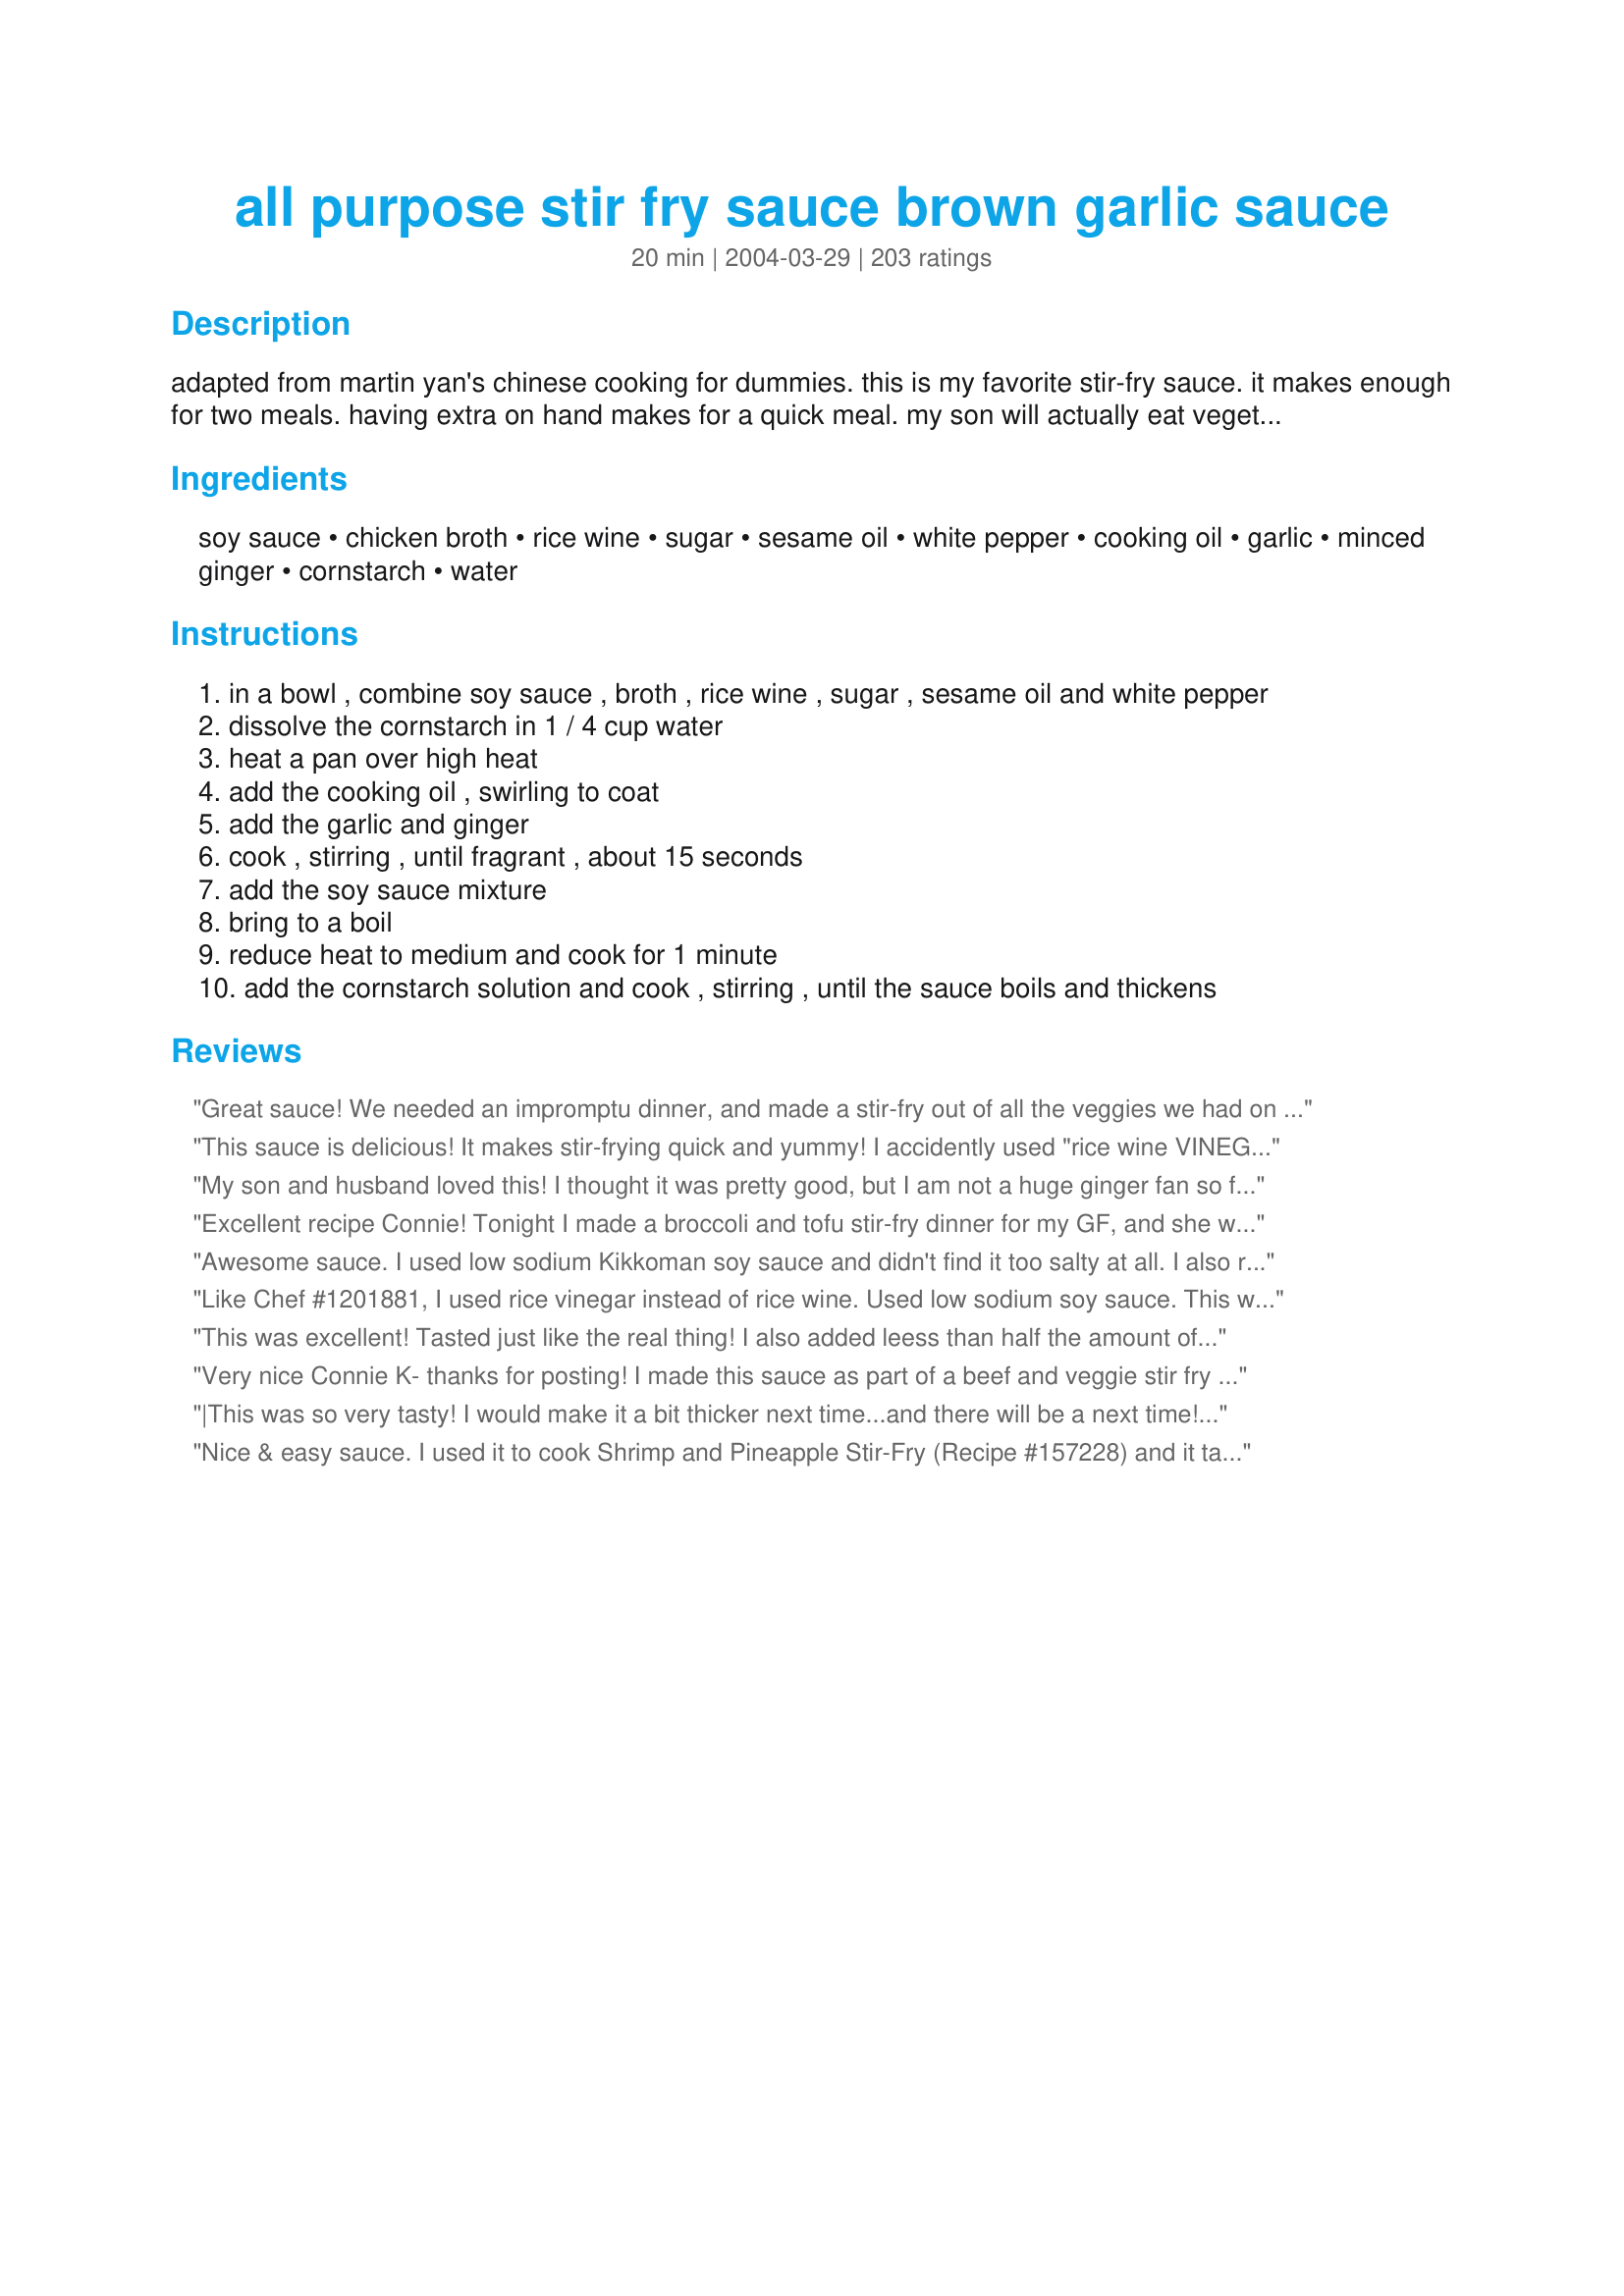
all purpose stir fry sauce brown garlic sauce
Preparation time: 20 minutes

adapted from martin yan's chinese cooking for dummies. this is my favorite stir-fry sauce. it makes enough for two meals. having extra on hand makes for a quick meal. my son will actually eat vegetables he can dip in the sauce! warning about the amount of soy sauce. when i used kikkoman soy sauce, i found this sauce far too salty. i now use angostura, which is much lower in salt. when adding soy sauce, start with less than half the amount and slowly add more to taste. using vegetable broth makes this vegetarian. yield: 1 3/4 cups (couldn't get that amount entered)

Ingredients:
soy sauce, chicken broth, rice wine, sugar, sesame oil, white pepper, cooking oil, garlic, minced ginger, cornstarch, water

Steps:
in a bowl , combine soy sauce , broth , rice wine , sugar , sesame oil and white pepper
dissolve the cornstarch in 1 / 4 cup water
heat a pan over high heat
add the cooking oil , swirling to coat
add the garlic and ginger
cook , stirring , until fragrant , about 15 seconds
add the soy sauce mixture
bring to a boil
reduce heat to medium and cook for 1 minute
add the cornstarch solution and cook , stirring , until the sauce boils and thickens

Reviews:
Great sauce! We needed an impromptu dinner, and made a stir-fry out of all the veggies we had on hand. Had to make some subs due to the last minute nature of this meal and what we had on hand: veggie broth,flour (no corn starch available), and powdered ginger. Used low sodium soy sauce. It turned out really great. Will make again for sure. Thanks for posting!
This sauce is delicious! It makes stir-frying quick and yummy! I accidently used "rice wine VINEGAR" and it still turned out great. Thanks for posting the recipe Connie!
My son and husband loved this! I thought it was pretty good, but I am not a huge ginger fan so for me to use ginger and still think it was pretty good is saying something. My son is 7 and is particular about his food so the fact that he loved it would make me give it 5 stars period, lol. I will be making this again for sure. Thank you Connie for sharing.
Excellent recipe Connie! Tonight I made a broccoli and tofu stir-fry dinner for my GF, and she was ecstatic after the first bite. She gobbled down her entire plate in no time! While I, like Connie, thought the salt content was a little high, my GF thought it was just fine. I guess it is just a preference thing. The only change I made in the recipe was instead of mincing the garlic and ginger, I mashed it in my mortar & pestle. I'm definitely going to add this recipe to my standard rotation.
Awesome sauce. I used low sodium Kikkoman soy sauce and didn't find it too salty at all. I also replaced the sugar with one packet of Splenda (could probably use 2).
We will definitely have this again!
Thanks.
Like Chef #1201881, I used rice vinegar instead of rice wine. Used low sodium soy sauce. This was the best stir fry sauce EVER. My entire family of picky eaters loved it and asked for it again soon. We used all the sauce but we did stir fry a huge amount of vegetables & meat (we used fresh mushrooms, bean sprouts, 1 red bell pepper, 1 green bell pepper, 1 large chopped onion and a combination of filet mignon and pork tenderloin, cut into cubes). I can see why there are so many rave reviews...this could not be any better! Thank you for posting this one...it's a keeper.
This was excellent! Tasted just like the real thing! I also added leess than half the amount of soy sauce, as I used Kikkoman. Fabulous flavor for our chicken stir fry!
Very nice Connie K- thanks for posting! I made this sauce as part of a beef and veggie stir fry kit last weekend...presliced beef steak, chopped up carrot, broccoli and onion, precooked brown rice and a baggie of this sauce. Right after I made this sauce, I tried it and really wasn't impressed...way to salty. I normally half the soy sauce due to the saltiness but decided to leave it. Glad I did as it was much much better after it had sit a few days and I added it to the pan with the cooked stirfry. Tasty, simple and fresh- thanks again!
|This was so very tasty! I would make it a bit thicker next time...and there will be a next time! I did use sodium reduced soya sauce and it was perfect in flavor. I froze the leftovers in ice cube trays, a bit sticky to remove but they will be really handy! for future yummy dinners! Thank you for sharing this recipe with us!
Nice & easy sauce. I used it to cook Shrimp and Pineapple Stir-Fry (Recipe #157228) and it tasted great.
A simple but tasty stir fry sauce. I like the idea of including the garlic in with the sauce as opposed to in the stir fry as that way you don't risk it being burnt. I did find it a bit salty and next time I think I'd cut out the chicken broth in favour of plain water to lower the sodium.
Excellent sauce. I reduced the soy sauce to 1/4 and it came out perfect. Thank you for sharing. It tastes great over chops or veggies.
I had to change my review from 4 to 5 stars because I've come back to this recipe several times. I use it cook chicken and snow peas and it's really delicious!
We thought this was quite tasty and simple to prepare. I used it atop a stir-fry of thinly sliced sirloin and a variety of vegetables I wanted to use up. I admit to decreasing the sugar to just one TBS, and adding some red pepper flakes! Will definitely make again!
This recipe should have a Caution label because of the health hazard - per serving, the sodium is 115% of the recommended per day!
I've been looking for a long time for a quick and easy recipe for actual Garlic Sauce for a few years now and landed here.. I'm surprised how much it made.. mind you.. I cook food from the far east all the time.. so I tend to have some more exotic ingredients in the house on the regular.. For example I added black vinegar and white vinegar to it, and quality soy instead of that burned pitch black junk they sell in most common grocers.. I recommend something like Mushroom soy or Pearl River or Swan River Bridge soy. Pearl River Bridge is sweeter than Swan River Bridge, and the usual Mushroom Soy can be a bit salty, so go easier on it. I'm very pleased with the recipe and the quantity.. It's nice to have enough left over for several subsequent meals. I also used a tablespoon of Master Brand Korean Fermented Bean Paste and some garlic chili paste, since I love my spicy food. Next time I will also cut back on the sugar so it won't be more of almost teriyaki sweet. I cut back by 1/2T. on the soy. I also might do a bit more garlic and ginger since I like such sauces to be a bit lemony and strong. Thank you very much..
Best Stir-fry sauce I've come accross so far. The only thing I did different was I had to use dried ginger powder because I didn't have fresh on hand. Didn't seem to make too big of a difference but I'm anxious to try it with the fresh. AWESOME and EASY. Thanks!!
WAY TOO SALTY! You should only use maybe one quarter of the recommended soya sauce. not good!
It was a great recipe! I added preggo marinara sauce to give it a tomato flavore. Then I cut out the soy, ginger, rice wine, cornstarch and broth. I also replaced the sesame oil with olive for more authentic flavor. I added a little Parmesan cheese to it as well. I put it over penne pasta and it is amazing! Thanks Connie!!!
Excellent!!
So good! Tastes just like a restaurant's. And so easy! I just mix it all and dump it on top of any old stir-fry (which already includes the garlic and ginger.)
Excellent! This is a keeper, definitely. Since my hubby likes pineapple in his fried rice, I used the pineapplejuice instead of the water and broth, and added Sriracha Hot Chili Sauce since we like foods on the hot side. His compliments were this was the best fried rice he has had (even from our favorite take-out). Thanks for sharing.
This is great! I added hot peppers and used Japanese Shoyu ( soy sauce). I stirfryed beef, pork, shrimp, snowpeas, carrots, mushrooms and negi ( Japanese vegetable, its like a leek but a bit more of an onion flavor).
This is a keeper!
This stir fry sauce was much too salty and ruined my stir fry. It should use about half the amount of soy sauce recommended in the recipe. It also has a pretty basic flavor- you could probably approximate the flavor just by using some soy sauce and sauteed ginger in your stir fry.
Like this needs another review....but this was the easiest and best tasting sauce that I have made at home. I used it on chicken and broccoli. Everyone commented on how fresh the sauce was and the kids asked for seconds...amazing!
Awesome recipe! I substituted the rice wine for a 1/6 cup of Marsala and added a bit of red pepper for kick. Great for edamame!
Excellent. I made a double batch as we do stir fry quite often. I cut back on the soya just a bit and used powdered ginger. I also added a pinch of five spice powder and a fresh chopped jalapeno for the kick.
I made this to use with recipe #193504. It makes a wonderful basic stir-fry sauce. The soy sauce was a reduced sodium variety. Easy to put together and tastes wonderful.
I have not tried this recipe but I know what you mean by salty soy sauce try using Tamari soy sauce . I get it at the Chinese food store . It really makes a big difference. Can't wait to try this sauce I will be getting back to you.
This was easy and fabulous! I didn't have any problems with the soy sauce. I think others idea about adding it to taste worked out just fine. Each brand is different afterall!
I used it to make a noodle dish with left over chicken: I stir-fried some veggies with a little oil (thinly sliced bok choy and cabbage, what I had in the fridge) and then added a dribble of water then added fresh noodles (you can get them at asian grocery stores) then added chicken (you can marinate some chunks of chicken in this sauce then cook it). Just some ideas!
use this sauce on a chicken and vegies stir fry and it was super good thanks
I have made this recipe twice and I love it. I served for my husband and guests, it was a hit. Easy to make and it really does make enough for two dinners!
Yummy! Instead of soy sauce, I used Bragg's. I also chose not to cook it in a separate pan. I whisked everything together in a bowl & added it to the stir fry once it was ready. It came out great! This sauce was easy & quick. Great to throw together after a busy day.
Finally a great stir-fry sauce. Delicious and what a great way to add the cornstarch. For those of you who don't like alcohol (or keep forgetting to by rice wine) you can substitute orange juice without compromising flavor or texture. Also used the low-sodium Kikkoman and it was fine. Thanks!
Takeout Chinese always makes me feel so gross, but I do miss the flavors sometimes. This is wonderful and isn't overly heavy or salty. I served this over dry-fried tofu, frozen peas and shitake mushrooms and spinach. Even my husband, the tofu skeptic, was impressed.
This was great!We did not agree at all with what one of the previous reviewers thought - it was not too salty - it was just right! (although maybe if you always eat sodium free foods, you would want to taste and add as you went). We followed the directions pretty closely. The only thing we changed was to use white cooking wine instead of rice wine and 1T olive oil instead of sesame oil (because those were the ingredients we had at home). We were very pleased with this sauce, as it made enough for my DH and I to have for dinner and some for leftovers. Thanks for posting this wonderful sauce recipe!
Good flavor but don't dump all the cornstarch mixture in at once. Drizzle a bit in and stir. See how much that thickens things up and go from there.
Quick and easy tried it for first time last night.This is on the keep list... my boys loved it. Just keep the type of soya sauce in mind I did use less and watered it down was great.
I have made this sauce a number of times and it is always a hit! However, I agree that if you use a junky/ high in salt soy sauce like Kikkoman, it is too salty. It's worth the trip to an Asian market to get better quality soy sauce (also--rice wine is generally cheaper there than in the grocery store). I also use double the ginger. This sauce also tastes excellent reheated. In fact, I like a reheated dish with this sauce better than fresh because the meat and veggies soak up a lot of the flavor.
Very good sauce! I halved the recipe and did it in the microwave......worked perfectly......added it to a chicken/veggie stir-fry. Thanks Connie!
I have used this multiple times now and it is wonderful!!
Yum! Definitely a keeper....and not too salty for my family. (Your mileage may vary.) We&#039;ll definitely be making this again. Used 2 tbsp rice vinegar instead of the wine.
Yummy! This filled my craving for something garlicky and salty quite well! I served this with green beans, shrimp, tofu, and asian mushrooms. I also added probably 6-7 cloves of garlic instead (We are garlic freaks)! I added a few crushed red pepper flakes, too, to give it just a bit of heat. Thanks for posting!
OMG!!! It came out excellent!!! Thank you everyone for all of your suggested tweaks! I took the advice of so many others who warned that the recipe is too salty, so I used 1/3 cup of reduced sodium soy sauce and then I added a little more but it was still a little bland, so then I added two packets of regular soy sauce (from Chinese takeout) and that did the trick. I also substituted low fat reduced sodium beef broth instead of chicken broth. I didn't have rice wine, so I substituted Marsala wine...and I only used 2 Tblsns of sugar. As someone else said, the cornstarch mixture was too much for this recipe, so I added it little by little and ended up using about 1/2 of it and It came out perfect...tasted just like a Chinese takeout dish! My friend and I were amazed at how authentic it tasted! This recipe is a winner!!! I used it to make Fried Tofu with Steamed Vegetables. It was awesome!
I had always been told rice wine is rice vinegar. Not true. I added more sweetness to compensate. I added more sesame oil because I like that. also added sweet chili sauce and crushed red pepper and honey and sesame seed. I reduced the amount of soy sauce to 1/2 cup but could handle more. I changed this recipe a lot so probably shouldn&#039;t review but I know no one is going to read this review due to the number of reviews but I wrote this for myself for reference. Hi Dixe--you liked this and do did Kyle.
This is a delicious stir fry sauce that's so easy to put together. I didn't have rice wine and so substituted apple juice instead. And I also substituted red chillie flakes for pepper as we cannot use pepper. Worked fine. Thank you Connie.
When cooking sauces like this, you should always use lite soy sauce for it has way less sodium and low or no sodium chicken broth.
Pretty good all-purpose sauce. Even at half the called for soy sauce it was super salty! It is also *really* garlicy, so if you aren't real big into garlic you may want to use half the called for amount.
Yummy! We used this on a vegetable lo mein that we made for some friends that were over. I added a bit of Sweet and Sour Chili Paste that I picked up and fresh scallions, and a little extra fresh garlic!
very nice sauce...garlic and frozen ginger ended up being a little course so I strained the sauce before using...Ran out of corn starch so substituted with flour/water...Will use this again...
Very yummy. I used probably 3x the amount of garlic, as we like a lot of garlic. And, I used raw sugar. Other than that, no changes. I did use the entire batch of sauce for our meal, but I made a ton of veggies.
My husband used this recipe as an idea for our sauce as we have never made Chinese food before. He completely changed it and we will be posting our own. He used a lot of the ingredients, but different amounts. He also had to change some ingredients as we didn't have them. Thank you so much for posting.
FANTASTIC!!! Enough said.
I only have Kikkoman soy sauce, ever, in our house. I followed Connie's words of advice and used less than half the soy sauce. Still found it salty, but once it was mixed in with the veggies for my stir-fry, you couldn't tell. I put the extra in a jar in the fridge to use (soon). Really fast and easy to make. I envision using this on chicken, too! Thank you Connie!!
Delicious!!!
Loved this!! I made it as is and I thought it was fantastic. I will be using this from now on instead of buying a jar of sauce
Definitely take note of the comments about the saltiness of the sauce. However, I find that mixing it in with the veggies or meat helps a lot so don't get put off at your first taste of the sauce. Try adding a little water to it after stir frying your veggies to help reduce the saltiness. Otherwise this is a damn good recipe. Thanks for sharing.
Fantastic! I made stir-fry skirt steak. I used mirin for the rice wine, beef broth, and about 1 Tbsp of Splenda. It was very salty - but using low-sodium soy would probably solve that. As is - made more than enough for my family with lots of extra sauce to pour over rice. Yum yum yum!!!
I really wanted to like this sauce, but we found it was bland and too sweet.
Great recipe! Definitely a keeper! I had a bunch of vegetables I was needing to use up, along with some leftover chuck steak and chicken, so I threw it all to together! It's been in the 90's and I honestly was not looking forward to having stir-fry for dinner, but for the sake of using up food so it did not get wasted. . .I did. :o) This recipe did not disappoint! In fact, it made dinner thoroughly enjoyable! The good news is there is leftovers for tonight! I used low-sodium soy sauce, tweaked the recipe slightly, as I did not have just Rice Wine, but had on hand Rice Vinegar which I used. I added about an extra tablespoon of sugar, and added about 2 tablespoons of Hoisin sauce. I used TruRoots rice from Cosco which is a combination of Quinoa, wild rice, red rice, and brown rice. Not usually a fan of those types of rice, but this is truly my favorite rice anymore. For vegetables, I used what I had on hand; bok choy, broccoli, mushrooms, green pepper, carrots, onions, yellow crookneck squash, and green beans (with those I steamed slightly before adding).
I used this recipe once, forgot to rate it, and then couldn't find the darned thing for months! I've been using poor substitutes ever since. This one is definitely a keeper and I'm so glad I found it again. Stir fry is kind of a salty meal and soy sauce a salty ingredient so you need to go into making this with that knowledge. Also, if it isn't thick enough for you just keep simmering it will get there!
Very tasty all purpose sauce. As noted, when made with regular soy sauce, it can be very salty. I used "Aloha Shoya" from Hawaii...it has lots less salt, added a bit of sauted onion, and some sesame seeds. Great for beef,chicken,pork or vegetarian.
This is a very good basic Asian sauce.
My picky son loves it with Thai rice noodles. I made it exactly as recipe stated.
If you put the right ratio to whatever you&#039;re having it with, being too salty shouldn&#039;t be an issue.
Excellent Came out great in spite of not having rice wine or fresh ginger. Used sherry cooking wine and 1/2 amt of ground ginger instead. Used it in chicken stir fry. Way better than spending $20 at a restaurant and have enough for lunch too
Yum, I used this with a veggie stir fry. Easy to make and I almost always have all the ingredients on hand. I also used kikkoman low sodium, not too salty at all. thanks for the recipe.
Love this! It makes a lot but keeps in the fridge for a while - though it doesn&#039;t last long around here!
I just threw everything together quick and threw it all in with my veggies and chicken (used garlic powder and no chicken broth). YUM! Great recipe...can't wait to make it again! OH! And I used low sodium soy sauce.
I haven't tried it yet but it looks great.Love the ingredients. I may try adding some black bean garlic sauce if I try to make beef and peppers.
Wow! This sauce is amazing! It smelled incredible cooking. I used low sodium chicken broth and low sodium soy sauce. I ended up adding a little salt because it wasn't salty enough. Next time I will use regular chicken broth. I cooked the sauce, and kept it on very low on the stove top while I made the stir-fry. I put a little oil in a stir fry pan, added chicken strips and cooked until no longer pink. I threw in fresh broccoli florets and cooked about a minute, until it was bright green. Then I added fresh snow peas, red pepper strips and fresh mushrooms. I poured the sauce over and stir fried it all together for approximately 2 minutes. Served over white rice. Served mandarin oranges on the side. It was a delicious meal! Thanks for a great recipe that will definitely be made again and again. For those of you who don't know (because I didn't know until today), rice wine is different than rice vinegar and rice wine vinegar. Rice wine is also called sake. I found rice flavored Oriental cooking wine in the Asian section of our supermarket.
This went together easily, and the taste was very smooth. I did however, add a bit of Thai peppers, (like it kicked up) and we used all the servings, it was that good. I also used Kikkoman soy sauce (didn't appear salty to us).Maybe because we were using fresh bean sprouts, snow peas, onion, mushrooms, and finished just with tofu. Taste was great, will make again. Thanks!
Pretty fantastic recipe! This was tangy and zippy (I added some coriander powder)!
Large amounts of veggies both frozen and fresh, leftover chicken and crispy fried tofu are my recommendations for this tast dish.
This is great. I did use low sodium sauce and only 1/2 cup and increased the chicken broth to 2/3 cup and I cut down the sugar to 1 tablespoon. The garlic and ginger give it a wonderful flavor.
Wow, thanks for this! I've been looking for a good recipe, and now I have a standard. I had to adjust some things because I didn't have all of the ingredients, but it worked fabulous in my lo mein. Thank you!
This recipe was as good as the Chinese restaurant I go to regularly! I used low sodium soy sauce. I accidentally bought rice vinegar instead of rice wine so I used Bombay Sapphire Distilled Dry Gin instead. I also didn&#039;t have fresh ginger so used 1/4 tsp of dried. t am bad about directions and just put everything in the bowl and stirred with a whisk, then poured in a sauce pan and brought to a boil on the stove. I let it simmer about 5 minutes. My stir fry turned out fantastic. Looking forward to left overs tomorrow.
This was a nice base to start with, but it was pretty bland for a household that really likes spice. I threw in some chili paste, minced garlic, red pepper flakes and extra soy sauce when after I had mixed the recipe up and then it was a bit more to our liking. :)
This is great! I used homemade chicken broth and substituted 2 Tbsp of rice wine vinegar in place of the rice wine because I didn't have any rice wine on hand. Thanks Connie!
Very good sauce, for sure. A great basic recipe (I changed it up). I'm glad I didn't add all the soya as warned by another reviewer or it would have been a disaster; I used less than half like they said and it was a good thing. It would have been far too salty otherwise. I'll be using this one again - Thanks.
Great! I used Splenda and reduced the soy sauce. I used the sauce for my stir fry and everyone thought what a good idea to serve stir fry for dinner. Will definately use this again.
was pretty good!! used ponzu soy sauce, didn't have rice wine so used rice vinegar, and jarred minced garlic and powdered ginger. sauce came out a little bland so used about a tablespoon or so of regular soy sauce to bring out some more flavor and it worked! thanks connie!! i didn't have any sauce and couldn't find a quick, fast recipe that i had all the ingredients too, until this one that is!
Tasty and easy! I increased the garlic and only ended up using about 1/3 cup soy sauce. Tossed the sauce with sauteed carrots, onions, garlic, broccoli, celery and tofu and served over rice. Thanks!
Easy enough to simultaneously make AND dance around with your best friend. This sauce was the perfect zesty topping to our steamed veggies. Added some extra water and sugar to thin it out and dilute the salt.
Horribly Salty. Too much Soy Sauce. If I were to ever make this again, I would either use a low-sodium Soy Sauce, or change it to 1/3 cup soy sauce and 1/3 cup water.
I guess I should have read the WARNING in the chef's notes before making this!
We loved this! It is just right with veggies and chicken.
I had to come and rate this straight away. Best stir-fry sauce I have made - just used different vegetables. Fantastic!
I thought this was so so and VERY Salty. You almost have to use 1/4 cup or less of low-sodium soy sauce.
This was outstanding. I used it in a stir-fry. I read your note and several reviews and went to the local Asian market and bought a good bottle of soy sauce. I asked an Asian customer what she buys, and she picked it out for me. It had 1/2 the sodium of my &quot;american version&quot;. This is my new Go-to sauce. Thank you for posting.
This was very good. I threw half in the freezer like another reviewer suggested. I can see it being very handy to have stashed away. Thanks for sharing!
Making it tonight for my daughter to compliment a pan fried whole red snapper (Yum!). Wanted to comment on the salt issues - other than the soy sauce, the chicken broth (or stock) you use can add a large quantity of salt, especially canned broth or (yikes) broth from chicken base. The person who commented on using water to cut the soy sauce in half makes sense as it also dilutes the salt from the broth. Combining all these salty ingredients you will need to be careful and start with half quantities - increasing the amount to taste. Also remember - you are reducing this sauce a bit when it boils - this will further concentrate the salt. Can't wait to try it!
Great recipe! Simple to make and the ingredients are readily available. Thanks for posting. I like my foods with a bit of a kick so I used hot sesame oil instead of the regular and added some red pepper flakes. I will be using this stir fry sauce on a regular basis.
I will never buy store-bought again. This is a very easy sauce to make.
I cut the recipe in half and only used about half of that and it was still very flavorful.
I had some Top Ramen on hand so I boiled 3 packages of noodles while I stir fried the veggies. Then I tossed the cooked chicken, veggies and noodles with the sauce over heat.
This is another keeper for our family!
I used this in a pork stir-fry which made it smell and taste just like the chinese restaurant around the corner.
Awesome. Used this to make pepper steak, was great.
This is a fantastic and easy sauce. I don't cook often and thought I would try a vegetable and chicken stir fry. I used this sauce and it was great!!!! I used 1/4 cup of low sodium soy sauce and it was not salty at all. It was a huge hit at home.
This made an excellent sauce for my chicken stir fry tonight. I only used about 1/2 the amount of soy per other reviews and used white wine rather than rice wine because that is what I had on hand.
This is a really good and easy to make sauce. I added some red pepper flakes since we like our Chinese food on the spicy side. We used the whole batch of sauce with our huge shrimp, snow pea, water chestnut, carrot and broccoli stir fry (over Udon noodles). Thank you!
I made this last night. It is worth noting that I used a dark brown soy sauce in this. This is now my go to sauce. It is wonderful. Thank you for the recipe.
Great sauce! I subbed orange juice for the rice wine and tamari for the soy sauce. I also added a healthy squirt of sriraccha to spice it up. Yum.
great base sauce for for our stir-fry, everyone loved it and was happy when they spotted the extra jar for later! thanks for posting!
Next time I will double this recipe. I made this and poured it over a Chinese vegetable stir-fry served on a spaghetti squash... very good!
This is a very forgiving recipe. I didn't have all of the ingredients and it took substitutions very well. I also didn't read it very carefully and put the ginger and garlic in after heating the liquids rather than browning them. It still tasted great! I'm sure it'll taste even better when I make it properly and use sesame oil.
Perfect! If you want a little more tartness - add rice vinegar instead of rice wine.
Restaurant quality stuff! I used 1/3 light & 1/3 dark soy so it wouldn't be overly salty for us & fried some fresh chilli with our onion, garlic & ginger...<br/>Loads of fresh veggies, some tofu & freshly cooked rice on the side....this has knocked our regular stir-fry sauce out of rotation, with it never to be looked at again!<br/>Thanks, Connie K, you're a stir-fry saver! :)
I used low sodium soy sauce, and home-made chicken broth (which was low sodium), so I didn't have a problem with too much salt. I had no sake, but used white wine instead. The sauce still turned out wonderfully! I thought this sauce was really tasty. I'll try it again over a chicken stir fry...used it this time over a stir fry with crab. I don't think this stir fry sauce works well with fish or shellfish! My mistake...the sauce itself was great.
I used 1/2 the soy sauce and substituted it with water but it was still very salty. Good flavor but seemed to be missing something.
Very easy tasty sauce. I would make this again. I might try adding a little more sugar next time though. I didn't have rice wine so I used a little more chicken broth.
Wow, this was really, really good!
Delicious! After splitting the amount of soy sauce in half (I used Kikkoman) I still found it to be rather salty,tho. May have been because of the cooking sherry I used- (I couldn't find rice wine). I served this sauce over a combination of stir-fried broccoli, slivered blanched almonds, and carrots. I will make it again using less soy sauce. Thanks Connie K!
Very easy and tasty sauce to make! I used the full amount of soy, but did it with the low sodium Kikkomen, worked fine. I made a huge veggie stir fry with all the things from my garden. Wonderful!!
This was great! Our only complaint (like you warned) was that it was just a little too salty for our tastes. We followed your advice and used 1/2 cup instead of the full 2/3 cup of soy sauce (We used organic Nama Shoyu). I think next time we'll drop it down to 1/4 cup, but otherwise this turned out wonderful! I served it as a vegetarian family dinner with a bunch of fresh stir-fried veggies (asparagus, broccoli, red pepper, green onion, white onion, fresh basil, water chestnuts) and brown rice.
Loved it! I used low sodium soy sauce and eliminated the ginger because I didn't have any but it still turned out yummy! Thanks
This sauce was amazing on my stir-fry vegetables. This is definitely a keeper. Thanks!!!
07.28.2009 UPDATE: Made again, without the extra oil, and it was EVEN BETTER!! Thanks, Connie :) 07.07.2009 I used just 1/3 cup low sodium soy, and low sodium broth, too. I added 1T prepared chili garlic sauce and next time I will use the sesame oil to heat the garlic/ginger and omit the cooking oil altogether. It's not necessary and the oily factor doesn't add anything to it. Thanks for this all purpose (and additives free) sauce!
Made this tonight. I used 1/6 cup soy sauce. It&#039;s delicious and I will use it again with some other ingredient like something spicy.
I prefer my sauce a little spicier so I added some red chili-garlic sauce. Yummy!
It was great - a little salty but I did not use all the soy sauce
Voted down for the sheer annoyance of making the recipe, finding it extremely saltly then seeing in the "comments" to not use the specified amount of soy sauce listed. Edit the recipe.
A delicious, quick & easy sauce! Using the full quantity of V-H Soya sauce, it wasn't overly salty. Since my husband loves stir-fry & I rarely use a recipe, it will be convenient having this on hand. Thanx Connie!
Perfect! Will use this one over and over again.
Delicious, easy to make sauce. I made the recipe just as stated. I love the idea of it making so much, great to have it on hand for dipping sauce & stir-fry.Thank you so much for posting this yummy sauce.
Love this sauce! I did a few tweaks of my own. I used 1/3 cup of Bragg&#039;s Liquid Aminos + 1/3 cup homemade chicken/bone broth to replace the 2/3 soy sauce. I again used my bone broth as the chicken broth. This recipe is a keeper!
This was delicious. I used it with Recipe 79350, which called for bottled stir fry sauce and the meal was a hit.
Amazing Sauce! It tasted just like the restraunts! We used low sodium soy sauce, that what we always have on hand, so saltiness wasn't a problem for us. We poured it over cooked spaghetti and stir fried veggies.
really good! added some hoisin sauce just because.
Just finished making this sauce for the Chinese dinner I'm making tomorrow for my daughter and son in law. I cut back on the soy sauce as advised as I didn't have low sodium soy, just added a little more chicken broth. Used draft sake for the rice wine and I do believe that the &quot;white pepper&quot; is essential as well. Everything else stayed the same. Turned out great. I got a 500ml canning jar full from this recipe.
Great sauce! I put this on top of Recipe# 32652. Great meal!
A great homemade stir fry sauce. It taste so much better than the store bought packets you can buy. I did half the soy sauce amount and I couldn&#039;t find rice wine so I used rice vinegar. I will definatly use this recipe next time we make stir fry!
I am sorry to have to give this recipe a low rating. With all the good reviews, I had high hopes. I even went and bought the items I didn't have so I could follow the recipe exactly.
The only substitution I made was to use low sodium Kikkoman, instead of regular soy sauce.
No one in my family of 6 liked this recipe. It wasn't that it was too salty, but just had an overly strong flavor that we just didn't like. We normally love oriental dishes and are not picky eaters, but we just didn't like the the stir fry made with this sauce.
Excellent flavour, used China Lily soy, same amount as recipe.
I wish I had read Connie's comments before making the recipe. It was indeed salty! It has great potential...next time. I will pencil in a reminder to reduce the soy sauce. Other than that, a great all-purpose sauce.
A find! I did substitute rice vinegar for the rice wine because I like that extra spike of sour. I also substituted 1 tsp powdered ginger for the Tbsp minced because that's what I had on hand. Anyway, delicious--will use often!
Turned out awesome- didn't salt the veggies to begin with so it wasn't too salty. Added extra 1/2 cup water as I saw review about being salty but it was the best I ever made my husband said.
Pretty good sauce and quick and easy to prepare.
I just finish making this with my stir-fry veggies and it is DELICIOUS!!
Thank you for posting recipe.
I do not consider myself that good at making "chinese" food but this is quite good. I did not have rice wine and used about 3 tablespoons of rice wine vinegar. I used less oil in the stir fry and one T of each sesame seed oil and veggie (canola oil). I have some nifty dried ginger (Penzey's) that I haul out for occasions like this. Soaked it in water and then cut it up with a kitchen scissors. I also think I can get two meals out of one sauce recipe. I stir fried chicken, sugar snap peas, green beans, onions, carrots and some green pepper and served it with brown rice. Yum. Can't wait to share this with my DS. I think he will like it also.
Good, but even starting with half of the Kikoman sauce had it far to salty. Will try 1/4 of what the recipe suggests. 

Also, when it says 4 servings, it really does mean 8. Quite yummy otherwise.
Sounds good but personally, wouldn't it just be easier to buy a good product?
Making this for the second night in a row this week!! I added beef, pineapples, cilantro and stir fry veggies (brocolli, green beans, snap peas, water chestnuts, carrots, red bell pepper and onions) in with the sauce. YUMMM!!!
What a great stir fry sauce!! I used 1/3 c of soy sauce and additional chicken broth. I also added a few red chili flakes to add some additional spice.
Tastes just like a saucy dish we like to make at home called 'escabeche' wherein we pour the sauce, that also has vinegar instead of the rice wine and shredded/strips of carrots and red bell pepper, over fried fish.
This was exactly what I'd been looking for. This is a great recipe for tweaking the ingredients a little this way or that way depending on the flavor you are looking for. Like others, had some trouble finding Rice Wine, so I used rice vinegar. We just loved the extra kick it gave it. I made enough that the next night I marinated some chicken in teriaki sauce while at work and broiled the chicken set atop Yakisoba noodles and covered with the reheated garlic sauce. It was even better the second day. Thanks for a great recipe!!
We really liked this sauce though we added extra sugar to make it a little more sweet.
This was perfect! Just what I was looking for! I cut 1 Tbl of cooking oil out...no problems. I did add 1 tsp red pepper flakes (we like spicy!). I wasn't sure about the Rice Wine...I had something called Aji-Mirin, I tried to research it on the internet...anyway that's what I used.
THis is wonderful stuff...I made this sauce to go with the cashew chicken I was making...it turned out fabulous...
This sauce is salty by itself. When added to an Asian meal, Divinity!
5 stars aren't enough! I completely bungled this recipe by not having all ingredients on hand (thought I did) but it was still exceptional! I made this with chicken and a couple bags of frozen stir-fry veggies and served over noodles. Will make over and over and over . . .
great recipe! i used low sodium soy sauce, only 1 tablesp of sugar made up the difference with ginger and garlic! thanks
When do you add you own vegetbles/meat? Thanks.
as someone who has ever only used bottled stir fry sauces, i personally enjoyed this very much. i made this recipe tonight, took the suggestion from the comments and did half the soy sauce and substituted the other half with water. (also doubled the recipe and added some crushed red pepper flakes since we like things spicy in our house) and to me it&#039;s something i will do again. maybe with beef broth next time though as i really enjoy beef stir fry :) LET&#039;S SEE WHAT MY HUSBAND SAYS WHEN HE GETS HOME.
Excellent. Used honey instead of brown sugar. Easy and tasty, exactly what I was looking for on a busy frazzled weeknight. Do try it!
Love this convenient, homemade sauce. Easy to have these ingredients on hand. I would think this might taste good on steak too :)
Super yummy! Great with the 2 stir fry combinations that I have tried it with. I really like it with a 1/4 tsp of red pepper flakes too for a little kick.
I had some frozen stir-fry beef strips laying around and decided to cook them for a quick dinner tonight, when I realized I didn't have any stir-fry sauce, I found this recipe and was glad I did! It turned out really great!
Good, easy recipe! Went together quickly, and had good flavor. I think the only change I made was adding some red pepper flakes and some fish sauce. Everyone liked it, so I will definitely be making it again! ***I've made this a second time now and what I've done both times is to mix EVERYTHING in a large canning jar and shake it well. Then, I pour out half into my stir-fry during the last few minutes of cooking. The rest, I freeze for a later use.
I agree about the soy sauce. I find about 1/3 cup plenty. I use this sauce all the time it is excellent, my daughters love it I use veg stock for them as they are veggies and it tastes lovely thank you!
This is so good. I made this to top some fried chicken chunks and fried rice. It was so good. The flavor was outstanding. We will use this for all kinds of dishes. thank you for sharing with us.
Fabulous sauce. Used it in conjunction with the Chicken Pineapple Stir-Fry (http://www.recipezaar.com/Chicken-Pineapple-Stir-Fry-24306) recipe.

However, with the two recipes together, it was soggy. Would recommend making stir fry with only this sauce and no other liquids.

Also did not have sesame oil and it seemed to taste fine without it.
we used low sodium. it was pretty good.
This was a delicious sauce. I used beef broth since i was making beef stir fry. I used lots of different veggies and some meat and noodles, and poured this over them.....and YUM, it was to die for. This sauce is a keeper! Thanks for posting!
First time making this and it is DELICIOUS! The more I make my own Chinese food the less I want to order out for it. I didn't have rice wine so I used white cooking wine and it tastes fine. I used just under 1/2 cup soy sauce and added an extra 1.5 tbsp of white sugar. I knocked back the garlic because I don't often use fresh and I know it's very strong but next time more garlic. I also didn't have fresh ginger so I used jarred and same w/ garlic I will add more next time. This sauce would make tofu edible so that's how awesome this is!
Awesome sauce but if you use the amounts specified here you will have an offensively salty result. Sub at least half water for half of the soy sauce. Also, use less oil for frying ginger and garlic. I&#039;ve made this recipe with the corrections twice and people loved it!
Too salty. Edit recipe.
Delightful! I enjoyed this tonight on a vegetable stir-fry, but I think it would be delicious on steamed chicken, any other meats, tofu...anything! This will becomes my new go-to stir-fry sauce recipe; its sweet Asian flavors are amazing! I did, however, make several changes. I didn't have rice wine, so I used a little Chinese rice vinegar instead. I don't have white pepper, either, so I subbed in red pepper flakes. I used Splenda instead of sugar and omitted the oil all-together...and still it was delicious! Thanks so much!
I used sweet rice wine so I omitted the sugar. I didn&#039;t think it was too salty. Maybe I used more veggies than others who did. &lt;br/&gt;&lt;br/&gt;We love this and I make it often.
We needed a last minute sauce to go with our Asian meatballs and this did the trick. We had to substitute ground ginger (1/4 tsp) since we did not have fresh. I thought it worked fine but fresh would have been better or maybe a little more ground.
Used the sauce as a base for chicken and broccoli stir fry tonight and both kids loved it! Did make some additions/substitutions due to what was on hand and personal preferences. Added a couple tablespoons of rice vinegar in place of the wine. Used a combination of brown sugar and honey in place of the regular sugar and some onion and garlic powder (didn't measure just added to taste). Didn't have fresh broccoli so used frozen which had been thawed. After browning the chicken I dumped the broccoli over the top along with the sauce and a few sliced green onions and cooked for about 5 minutes, adjusted the seasonings and served over rice. (149)
I've made this recipe twice. The first time I used left over soy sauce packets for my favorite chinese restaurant. It turned out great. But the second time I used store bought soy sauce. Big mistake. I'll definitely make this again, but using packets from the restaurant.
This a great recipe and so simple. Didn't have rice wine, so I used apple juice instead and it tasted great!
I used low sodium soy sauce with great results! I have made this sauce many times now and each time it goes over well with whatever we have it on.
I agree with the poster who said &quot;EDIT THE RECIPE&quot;. I was using my phone for this recipe, and didn't see the intro. What a absolute waste of ingredients! I love salty food, but this was just bad...very bad. Had to throw it away.... I had such high hopes.
connie K....I think you should also post this as a lo mien sauce!!! I have been looking for a good lo mein recipe like our favorite chineese restaurant for almost two years. I found this sauce by luck put it over frozen stir fried veggies, scrambled eggs, chopped chicken thighs, and spaghetti and mei noodles!!! It was just like our favorite lo mein,and my kids loved it. This will be my lo mein recipe form now on. Delicious!!!!
Great recipe! I accidentally misread the ingredients and used rice vinegar instead of rice wine, but when I realized my mistake I added 1/3 cup of red wine and it still turned out great.
Delicious! My family said it tasted like something straight out of a restaurant. It beats my original (lazy) way of making stirfry, which involved simply combining soy sauce and stir-fry sauce.I substituted the rice wine for orange juice and it gave it a sweet, tangy taste. Sprinkle some red pepper flakes in, and creates the perfect balance of sweet and spicy. I used GROUND ginger and black pepper instead of white. Finally, because I was very conscious of the amount of soy sauce, I used less than 1/3 cup of Kikkoman soy sauce, and added more as necessary.<br/><br/>I definitely will try this recipe again. In fact, I JUST ate some (added it to a shrimp, chicken, onion, broccoli, and red, green, and yellow pepper stirfry and pour the rest over a homemade shrimp fried rice) and I'm already thinking about demolishing my leftovers. Thanks Connie!
Perfect. I was teaching a friend who has never cooked before, how to make a stir fry. I went and googled and found this recipe and we made it on the spot. So glad we did - It worked out perfectly... as good as a restaurant. Thank you
I found this recipe to be the best recipe I have ever used with my stir fry! It's simple quick and easy. Has the perfect flavor. Unlike other people who have rated this recipe I did not find the Kikkoman soy sauce to be too salty and I did use the full amount. However I did use a lot of vegetables chicken and shrimp. It worked out great with everything! The only alteration I had to make was to use rice vinegar not rice wine. ( I couldn't find rice wine.) My fiancee and I both really enjoyed this recipe! Thank you so much!
Great recipe! With various sensitivities, it's tough finding store bought sauces that don't have tons of additives. I didn't have rice wine and used rice vinegar; I used some agave nectar instead of refined sugar; and used Braggs liquid soy seasoning. Turned out really well! Thanks for sharing.
Fantastic Sauce! Definitely went with the reduced amount of soy and the vegetable broth. Delicious over broccoli or tofu.
This was very quick and easy to make. I froze half of it for later... when thawed, it separated a bit (into a big chunk of gel and some liquid) but after heating it up it was back to normal. (Maybe it would be better to just throw it in the pan still frozen?)
This sauce is VERY similar to the one used at my local Chinese restaurant. It's absolutely delicious. I agree with the other reviewers about decreasing the amount of soy sauce used. I used only 1/2 a cup of low sodium soy sauce and instead added another 1/3 cup of unsalted beef broth and it was perfect--anything more would have been too salty. I also substituted mirin for rice wine and flour for corn starch. I used only 2 TBSP of sugar and 1 TBSP of cooking oil--more than that really isn't necessary. Everything yieled about 1.5 cups of a super amazing garlic sauce that I liberally sprea over four large bowls of beef and broccoli. Yum!
Easy to make, very delicious! I substituted water for half the soy sauce and found the salt content just about right. I'm glad I doubled the recipe as now I have some to keep in the fridge for another meal this week.
Although I&#039;ve not tried this yet, it definitely has all of the ingredients that I&#039;ve come up with that would be in a brown garlic sauce.&lt;br/&gt;&lt;br/&gt;One thing I would suggest. Do NOT use soy sauces that are U.S. sauces. They are always way too salty and have an acrid taste to them (you&#039;ll notice if you use an import). Go to an Asian food market and purchase an imported soy sauce. We always use one called Golden Mountain, but most of them will do. It&#039;s just that we&#039;ve found this brand is not so salty and has a great flavor!
this sauce is great. i just made it for my 6 housemates and it recieved a five star rating. thanks
Very good all purpose stir fry sauce. Like other readers, I used the low sodium Kikkomen soy sauce and it wasn't too salty at all. I think that next time I may spice it up a bit and throw in some garlic chili sauce and crushed red pepper as my husband and I like spicy stir fry. Thanks for the great recipe. I'll never used jarred stir fry sauce again!!
I reduced the soy sauce to 2 TBSP because while I like the raste, I know you can get away with so much less and still have the flavor. I also reduced the sesame oil to 1 tsp and the stir fry oil to 2 tsp. Next time I think I&#039;ll eliminate the sesame oil all together because I just don&#039;t enjoy the taste. This is the first brown sauce recipe I&#039;ve ever made that even comes close to the real thing (aka chinese takeout!).
Fantastic!
Very good sauce. I used to buy bottled stir fry sauce for convenience but I now keep this recipe handy. I have substituted dry white wine for the rice wine with excellent results.
Made & reviewed for All New Zaar Cookbooks Tag. This was a great stir fry sauce. I did follow the instructions to start with half the amount of soy sauce and that's all that I added. I did use splenda instead of sugar as was not pleased with the results (but this did not affect my rating) - will use sugar the next time. Will use this over and over. Thanks Connie, for posting this.
i just submitted a review and "complained" because i used the entire batch of sauce and found it too much. i just re-read the description after posting my review and realized it makes a double batch. dooohhhh! sorry about that. i change my rating to 5 stars! no complaints here-next time i'll read all the info.
thanks again.

I had to make a beef stir-fry tonight, for certain reasons: I had the right veggies, and husband didn't feel like steak-in-a-pan; he's not really a steak man. And the two sirloin steaks were shouting from the fridge and about to attack me, they'd been there so long. (Vacuum-sealed, thank heavens!) I thought I'd cobble together an orangey-soy sauce, then saw my one single orange had gone bad. To the computer and Zaar for inspiration, but how to find a sauce and not a whole recipe??? I found this one. It's been my decision from some time ago to give 5 stars only to recipes which, to my (yes, subjective!!) taste, cannot be improved upon (nasty witch, me!). This sauce, especially for the beef, cannot be improved upon. It's a great sauce, and if anyone thinks it might be too salty, NO, it is not. It is dead right. I had all the ingredients except for the rice wine, so I used a very dry sherry. Didn't seem to affect the sauce negatively. It was also quick to make, and then I just had to stir-fry the rest of the stuff in batches. Thanks, Connie!!!
Had to make a few adjustments. Had no rice wine so I used apple juice. Had to use garlic powder,black pepper, and ground ginger. Even with those adjustments it made an amazing sauce for beef with broccoli. Will make again!
Super easy, and really good. Just what I was looking for to go with a few bags of stir fry veggies and some shrimp. I used almost the full amount of soy sauce (as I tried starting with half the amount in the recipe and it just was WAY to "vinegar-ish" for my taste). I also used dried ginger (a bit more than half the amount of fresh asked for in the recipe) and it worked fine. Will definately be using this again. Thanks!
I made garlic chicken with the garlic sauce, it was the best I've ever had! Never ordering takeout again! I paired with a simple fried rice recipe, wish I knew how to find the recipe number for you. Only thing I tweaked was, I cut the soy sauce in half, used mirin instead of rice wine and added an extra tablespoon of garlic. For the chicken I cut up breasts in about 2-3 inch strips, then dredged lightly in flour. I find cutting them in strips or chunks is easiest because you only steaming for 10-15 minutes. Add 1-2 tbsp Of butter, 1 tbsp Of oil to a frying pan. Fry for about 1-2 minutes on one side. Flip chicken, cover with tinfoil or lid and shut burner off. Let steam for 10-15 minutes. Do not open lid! Chicken will be so moist you can barely pick it up with a fork! Then I add the garlic sauce recipe to the chicken, heat for a maybe a minute or so just to get sauce warm again. Amazing recipe!! Definitely must try!!
This recipe was quick and easy. I also read reviews after I made my meal. I agree with using low sodium soy sauce and decreasing the amount used. I did some substituting and think it would be even better if I had the rice wine (I used red wine vinegar) and the right kind of ginger (I used some ground ginger). I threw the sauce in with my stir fried pepper, onions and tomatoes. Served over rice. My mother-in-law said I cook as good as her mother, a compliment she does not often make. So, I think this is a keeper.
Easy-peasy. I used 1/3 c soy sauce, 2T sugar, water for broth, and powdered ginger.
This was very good and sooo easy! I had to substitute Mirin for the rice wine and, therefore omitted the sugar. I will definitely be making this again, but maybe a few flakes of red pepper...? However, that could just be just because of the sub I made. Thanks, Connie!
Had this to go with my stir fry. Excellent! I used low sodium soy sauce to cut back on the salt. Will have again and again using various ways! I'm thinking shrimp and lobster sauce!
Used this Stir-fry Sauce for my Stir-fry and it turned out wonderful!
Thanks Connie K....
sorry, this sauce was just too sweet for me. I ended up rinses it off my stir fry... it reminded me of brown ketchup
Simple, fast, easy. Fresh ginger plays a central role here, but it's good without it too.
I am going to keep a large batch of this for most of my stir-fries.I used it to make delicious lo mien and great stir-fry.I did not find it to salty unless you cook it down.watch the salt in your chicken stock.
I recently visited my sister up in Conn. We got some broccoli with brown garlic sauce at a takeout place that was delicious! When I got home I looked on Recipezaar for the sauce and found your recipe. I served it over broccoli. This was so good. I also had it over zucchini cakes and my daughter had it on her chicken. Thanks Connie, for an easy delicous sauce!
great recipe! i did find it too salty but am still giving it 5 stars as there was enough info about the soy sauce to know it was going to be. will definetley make this again and again, just with low sodium soy. it looks fantastic aswell.
I made a huge pot of Recipe #239899 and doubled this recipe for the sauce. It was very easy to make by adding all the ingredients to a jar and then shaking it to mix well before pouring into the hot pan to thicken. I used powdered garlic and ginger because that is what I had on hand, and I added the cornstarch in with the rest of the ingredients instead of stirring it in at the end. I also substituted white wine for rice wine and chicken flavored Better Than Bouillon in 1 cup of water for the broth (remember that I doubled the ingredients). It was delicious and easy enough to become your standard stir fry sauce while keeping control of the ingredient's sodium and fat content. Nice recipe, Connie K. Thank you.
You're right, it was really salty.. so I had to dump out about half of the sauce and added a cup of water + 1 T cornstarch + 1 T sugar... It turned out alright... I don't know if I'm making it again...
